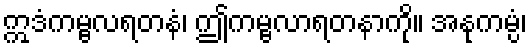
ဣဒံကမ္ဗလရတနံ၊ ဤကမ္ဗလာရတနာကို။ အနုကမ္ပံ၊